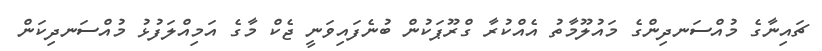
ޗައިނާގެ މުއްސަނދިންގެ މައުލޫމާތު އެއްކުރާ ގްރޫޕަކުން ބުނެފައިވަނީ ޖެކް މާގެ އަމިއްލަފުޅު މުއްސަނދިކަން